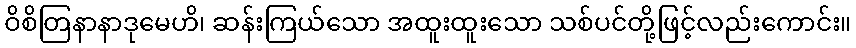
ဝိစိတြနာနာဒုမေဟိ၊ ဆန်းကြယ်သော အထူးထူးသော သစ်ပင်တို့ဖြင့်လည်းကောင်း။